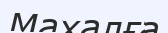
Махалға